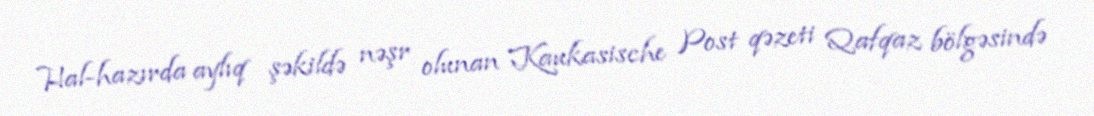
Hal-hazırda aylıq şəkildə nəşr olunan Kaukasische Post qəzeti Qafqaz bölgəsində